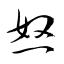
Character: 怒